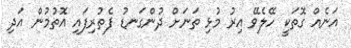
އަނެއް ގޮތަކީ ހޭލެވޭ އިރު މުޅި ތަނަށް ދުންގަނޑު ފެތުރިފައި އޮތުމުން އަދި